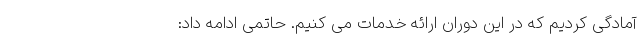
آمادگی کردیم که در این دوران ارائه خدمات می کنیم. حاتمی ادامه داد: